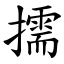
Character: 擩